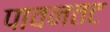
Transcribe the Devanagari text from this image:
पावनतट